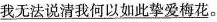
我无法说清我何以如此挚爱梅花。